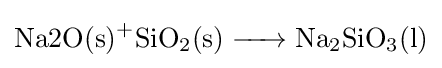
{\ce {{Na2O(s)}+SiO2(s) -> Na2SiO3(l)}}